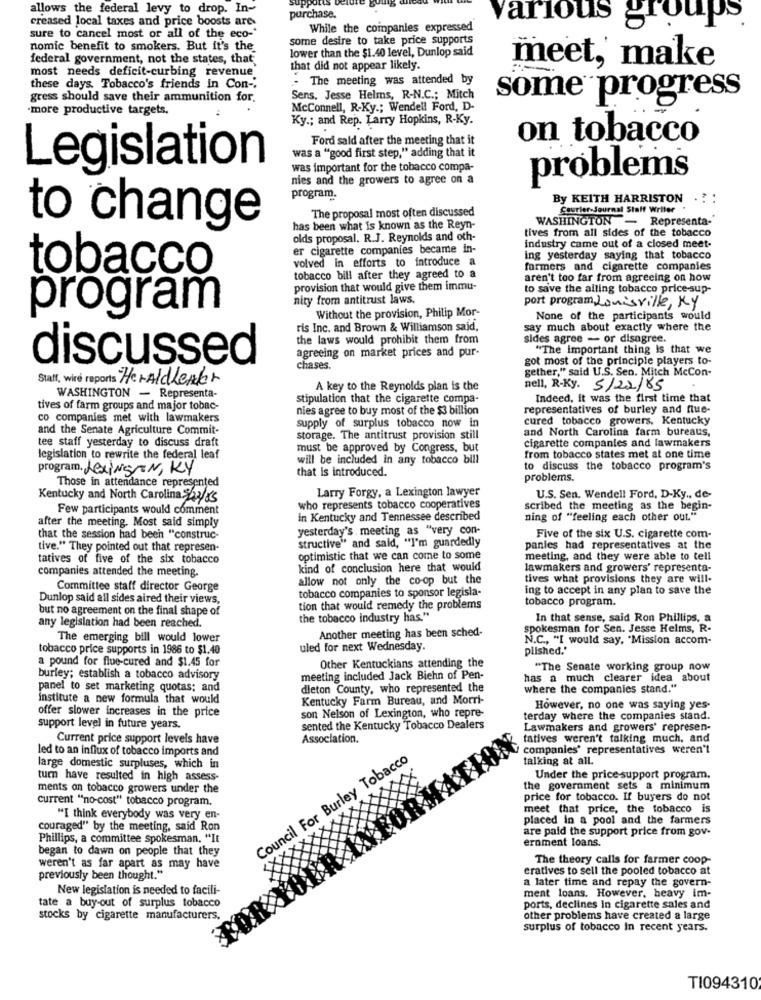
allows the federal levy to drop. In-
purchase.
creased local taxes and price boosts are-
While the companies expressed
arious groups
sure to cancel most or all of the eco-'
some desire to take price supports
nomic benefit to smokers. But it's the
lower than the $1.40 level, Dunlop said
federal government, not the states, that,
meet,' make
that did not appear likely.
most needs deficit-curbing revenue.
- The meeting was attended by
these days. Tobacco's friends in Con -;
gress should save their ammunition for.
Sens. Jesse Helms, R-N.C .; Mitch
some progress
-more productive targets.
McConnell, R-Ky .; Wendell Ford, D
Ky .; and Rep. Larry Hopkins, R-Ky.
Ford sald after the meeting that it
on tobacco
was a "good first step," adding that it
was important for the tobacco compa-
Legislation
nies and the growers to agree on a
problems
program.
By KEITH HARRISTON . : :
The proposal most often discussed
Courier-Journal Staff Writer
WASHINGTON - Representa-
to change
has been what is known as the Reyn-
tives from all sides of the tobacco
olds proposal. R.J. Reynolds and oth-
er cigarette companies became in-
industry came out of a closed meet.
volved in efforts to introduce a
ing yesterday saying that tobacco
tobacco
farmers and cigarette companies
tobacco bill after they agreed to a
aren't too far from agreeing on how
provision that would give them immu-
to save the alling tobacco price-sup-
nity from antitrust laws.
port program, Louisville, Ky
program
Without the provision, Philip Mor-
None of the participants would
ris Inc. and Brown & Williamson said,
say much about exactly where the
the laws would prohibit them from
sides agree - or disagree.
agreeing on market prices and pur-
"The important thing Is that we
got most of the principle players to-
discussed
chases.
gether," said U.S. Sen. Mitch McCon-
Staff, wire reports HeraldLeader
A key to the Reynolds plan is the
nell, R-Ky. 5/22/85
WASHINGTON - Representa-
stipulation that the cigarette compa-
Indeed, it was the first time that
tives of farm groups and major tobac-
nies agree to buy most of the $3 billion
representatives of burley and flue-
co companies met with lawmakers
supply of surplus tobacco now in
cured tobacco growers, Kentucky
and the Senate Agriculture Commit-
and North Carolina farm bureaus,
tee staff yesterday to discuss draft
storage. The antitrust provision still
cigarette companies and lawmakers
must be approved by Congress, but
legislation to rewrite the federal leaf
will be included in any tobacco bill
from tobacco states met at one time
program. LexINGEN, KY
that is introduced.
to discuss the tobacco program's
problems.
Those in attendance represented
Kentucky and North Carolina $42/55
Larry Forgy, a Lexington lawyer
U.S. Sen. Wendell Ford, D-Ky ., de-
Few participants would comment
who represents tobacco cooperatives
scribed the meeting as the begin-
after the meeting. Most said simply
in Kentucky and Tennessee described
ning of "feeling each other out."
yesterday's . meeting as "very con-
that the session had been "construc-
Five of the six U.S. cigarette com-
tive." They pointed out that represen-
structive" and said, "I'm guardedly
panies had representatives at the
tatives of five of the six tobacco
optimistic that we can come to some
meeting, and they were able to tell
companies attended the meeting.
kind of conclusion here that would
lawmakers and growers' representa-
allow not only the co-op but the
tives what provisions they are will.
Committee staff director George
tobacco companies to sponsor legisla-
ing to accept in any plan to save the
Dunlop said all sides aired their views,
tobacco program.
but no agreement on the final shape of
tion that would remedy the problems
the tobacco industry has."
In that sense, said Ron Phillips, a
any legislation had been reached.
Another meeting has been sched-
spokesman for Sen. Jesse Helms, R-
The emerging bill would lower
N.C ., "I would say, "Mission accom-
tobacco price supports in 1986 to $1.40
uled for next Wednesday.
plished.'
a pound for flue-cured and $1.45 for
Other Kentuckians attending the
"The Senate working group now
burley; establish a tobacco advisory
meeting included Jack Biehn of Pen-
has a much clearer idea about
panel to set marketing quotas; and
dleton County, who represented the
where the companies stand."
institute a new formula that would
Kentucky Farm Bureau, and Morri-
offer slower increases in the price
son Nelson of Lexington, who repre-
However, no one was saying yes-
terday where the companies stand.
support level in future years.
sented the Kentucky Tobacco Dealers
Lawmakers and growers' represen-
Current price support levels have
Association.
tatives weren't talking much, and
led to an influx of tobacco imports and
companies' representatives weren't
Council For Burley Tobacco
talking at all.
large domestic surpluses, which in
turn have resulted in high assess-
Under the price-support program.
ments an tobacco growers under the
the government sets a minimum
current "no-cost" tobacco program.
price for tobacco. If buyers do not
meet that price, the tobacco is
"I think everybody was very en-
placed in a pool and the farmers
couraged" by the meeting, said Ron
are paid the support price from gov-
Phillips, a committee Spokesman. "It
ernment loans.
began to dawn on people that they
The theory calls for farmer coop-
weren't as far apart as may have
cratives to sell the pooled tobacco at
previously been thought."
a later time and repay the govern-
New legislation is needed to facili-
ment loans. However, heavy im-
tate a buy-out of surplus tobacco
ports, declines in cigarette sales and
stocks by cigarette manufacturers,
other problems have created a large
surplus of tobacco In recent years.
TI094310